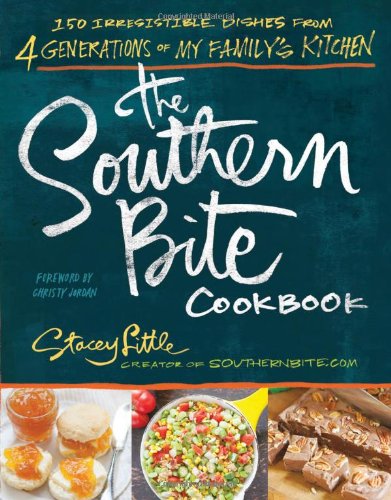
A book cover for The Southern Bite Cookbook: 150 Irresistible Dishes from 4 Generations of My Family's Kitchen; Stacey Little; Cookbooks, Food & Wine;